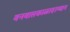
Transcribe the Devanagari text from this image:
वनवासकाळादरम्यान